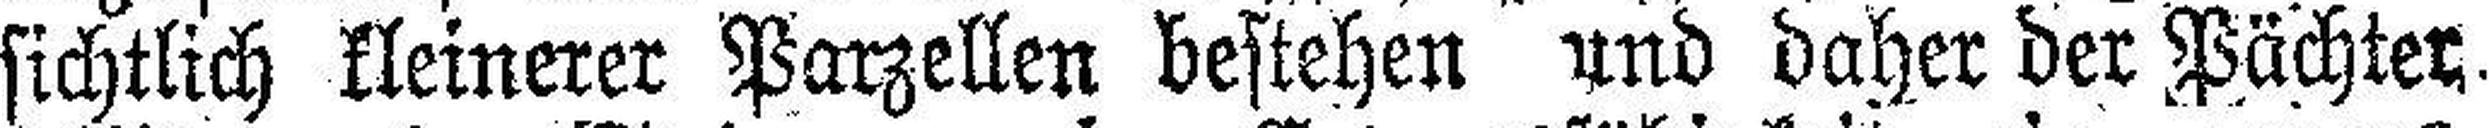
sichtlich kleinerer Parzellen bestehen und daher der Pächter